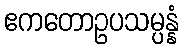
ဧကတောဥပသမ္ပန္နံ